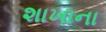
શાખાના